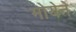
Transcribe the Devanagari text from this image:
मोयेने